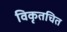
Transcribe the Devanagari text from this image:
विकृतचित